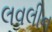
લવલીન